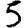
Digit: 5